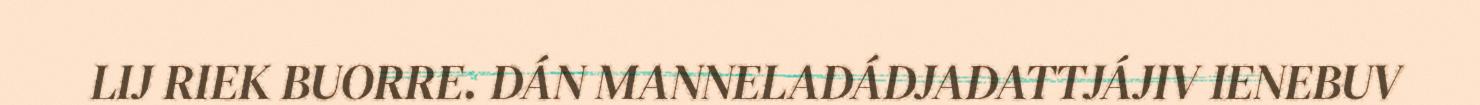
LIJ RIEK BUORRE. DÁN MANNELADÁDJADATTJÁJIV IENEBUV